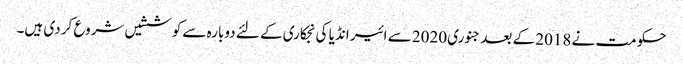
حکومت نے 2018 کے بعد جنوری 2020 سے ائیر انڈیا کی نجکاری کے لئے دوبارہ سے کوششیں شروع کر دی ہیں۔